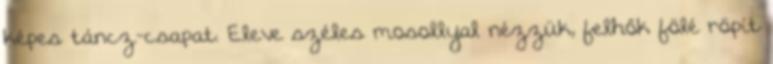
képes táncz-csapat. Eleve széles mosollyal nézzük, felhők fölé röpít